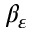
\beta _ { \varepsilon }